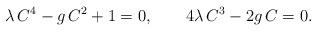
LaTeX: \begin{align*}\lambda\,C^4-g\,C^2+1=0, \qquad 4\lambda \,C^3-2g\,C=0.\end{align*}